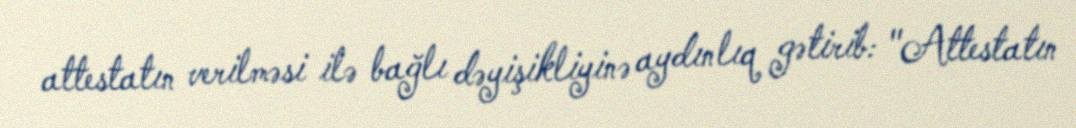
attestatın verilməsi ilə bağlı dəyişikliyinə aydınlıq gətirib: "Attestatın